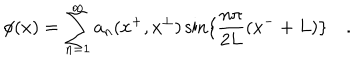
LaTeX: \phi ( x ) = \sum _ { n = 1 } ^ { \infty } a _ { n } ( x ^ { + } , x ^ { \bot } ) \sin \{ \frac { n \pi } { 2 L } ( x ^ { - } + L ) \} \quad .